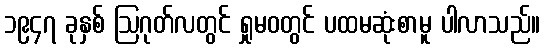
၁၉၄၇ ခုနှစ် ဩဂုတ်လတွင် ရှုမဝတွင် ပထမဆုံးစာမူ ပါလာသည်။